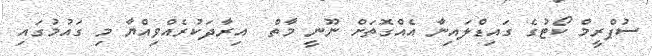
ސުޕްރީމް ކޯޓުގެ ގައިޑްލައިނާ އެއްގޮތަށް ނޫނީ މާތް  އިރާދަކުރެއްވިއްޔާ މި ގައުމުގައި